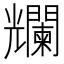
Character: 𠓖